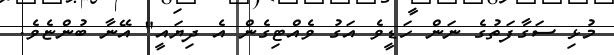
މުޅި ސަގާފަތުގެ ނަން ހަޑީވެ އަގު ވެއްޓިގެން އެ ދިޔައީ" އޭނާ ބުންޏެވެ.